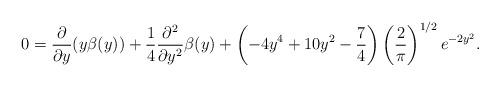
LaTeX: \begin{align*}0=\frac{\partial}{\partial y}(y\beta(y))+\frac{1}{4}\frac{\partial^{2}}{\partial y^{2}}\beta(y)+\left(-4y^{4}+10y^{2}-\frac{7}{4}\right)\left(\frac{2}{\pi}\right)^{1/2}e^{-2y^{2}}.\end{align*}